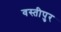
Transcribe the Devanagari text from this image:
वस्तीपुर